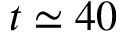
t \simeq 4 0